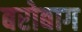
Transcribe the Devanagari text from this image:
बरोबाग